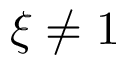
\xi \neq 1